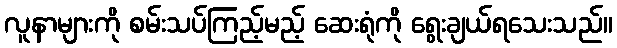
လူနာများကို စမ်းသပ်ကြည့်မည့် ဆေးရုံကို ရွေးချယ်ရသေးသည်။